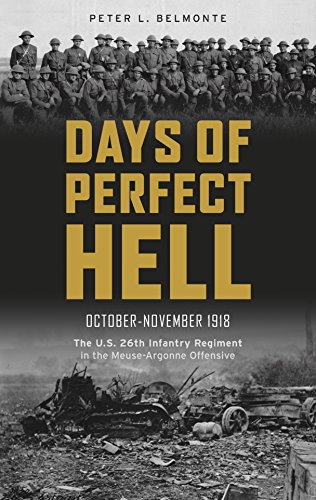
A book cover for Days of Perfect Hell: The U.S. 26th Infantry Regiment in the Meuse-Argonne Offensive, October-November 1918; Peter L. Belmonte; History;